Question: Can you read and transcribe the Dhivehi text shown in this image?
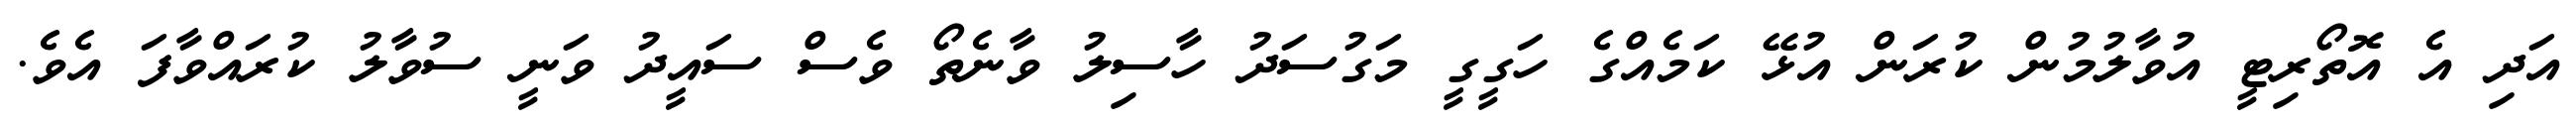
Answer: އަދި އެ އޮތޯރިޓީ އުވާލުމުން ކުރަން އުޅޭ ކަމެއްގެ ހަގީގީ މަގުސަދު ހާސިލު ވާނެތޯ ވެސް ސައީދު ވަނީ ސުވާލު ކުރައްވާފަ އެވެ.